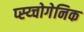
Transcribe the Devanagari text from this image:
प्स्य्चोगेनिक